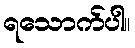
ရသောက်ပါ။